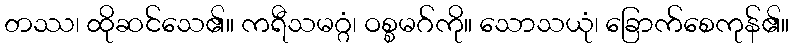
တဿ၊ ထိုဆင်သေ၏။ ကရီသမဂ္ဂံ၊ ဝစ္စမဂ်ကို။ သောသယုံ၊ ခြောက်စေကုန်၏။